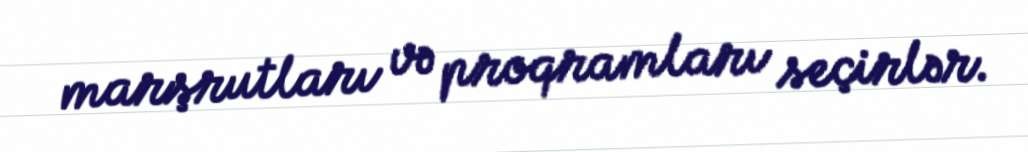
marşrutları və proqramları seçirlər.